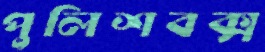
পুলিশবক্স